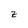
Character: z